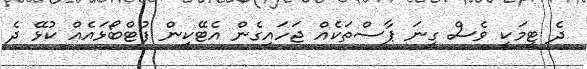
ދެ ޓީމަކީ ވެސް ގިނަ ޕާސްތަކެއް ޖަހައިގެން އެޓޭކިން ފުޓްބޯޅައެއް ކުޅޭ ދެ